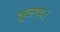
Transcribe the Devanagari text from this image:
शूलगव।